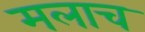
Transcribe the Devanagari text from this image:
मलाच